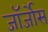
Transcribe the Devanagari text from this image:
जॉर्जोस